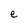
Character: e